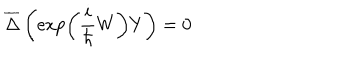
\overline { { { \Delta } } } \left( \exp \left( \frac i \hbar W \right) Y \right) = 0